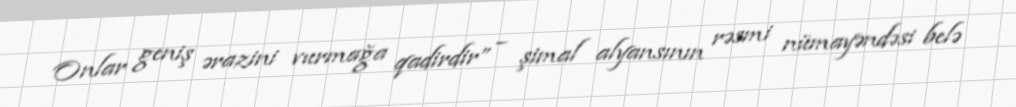
Onlar geniş ərazini vurmağa qadirdir” – şimal alyansının rəsmi nümayəndəsi belə